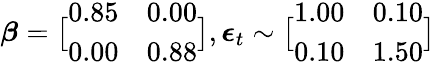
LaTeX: \displaystyle\boldsymbol{\beta}=\bigl[\begin{array}{ll}{0.85}&{0.00}\\ {0.00}&{0.88}\end{array}\bigr],\boldsymbol{\epsilon}_{t}\sim\bigl[\begin{array}{ll}{1.00}&{0.10}\\ {0.10}&{1.50}\end{array}\bigr]